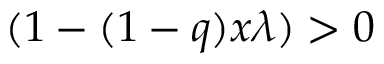
( 1 - ( 1 - q ) x \lambda ) > 0